Notes on vaccination in the North-West Frontier Province 1923-1928 - 1923-1928
Year: 1923
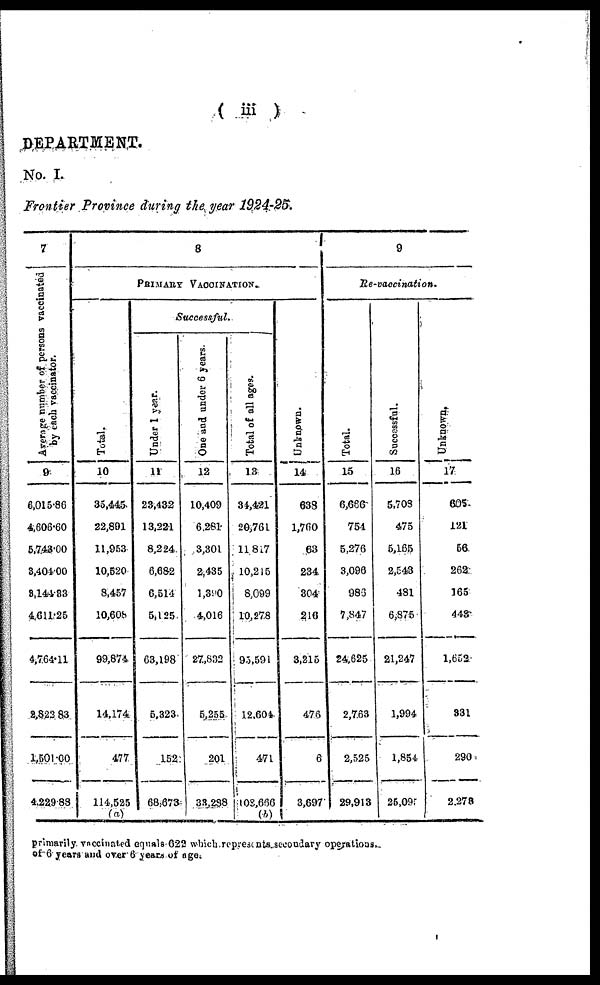
( iii )
DEPARTMENT.
No. I.
Frontier Province during the year 1924-25.
7
Average number of persons vaccinated
by each vaccinator.
9
6,015.86
4,606.60
5,743.00
3,404.00
3,144.33
4,611.25
4,764.11
2,823.83
1,501.00
4,229.88
8
PRIMARY VACCINATION.
Total.
10
35,445
22,891
11,953
10,520
8,457
10,608
99,874
14,174
477
114,525
(a)
Successful.
Under 1 year.
11
23,432
13,221
8,224
6,682
6,514
5,125
63,198
5,323
152
68,673
One and under 6 years.
12
10,409
6,281
3,301
2,435
1,390
4,016
27,832
5,255
201
33,288
Total of all ages.
13
34,421
20,761
11,817
10,215
8,099
10,278
95,591
12,604
471
103,666
(b)
Unknown.
14
638
1,760
63
234
304
216
3,215
476
6
3,697
9
Re-vaccination.
Total.
15
6,666
754
5,276
3,096
983
7,847
24,625
2,763
2,525
29,913
Successful.
16
5,708
475
5,165
2,543
481
6,875
21,247
1,994
1,854
25,095
Unknown.
17
605
121
56
262
165
443
1,652
331
290
2,278
primarily vaccinated equals 622 which represents secondary operations
of 6 years and over 6 years of age.